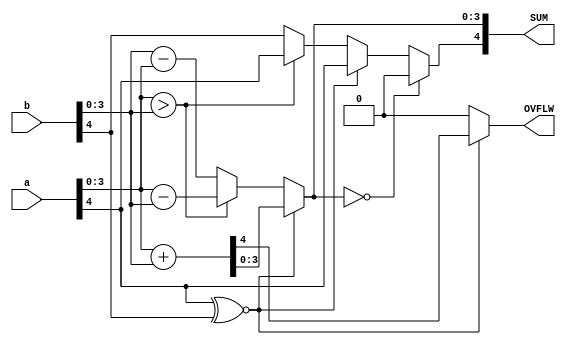
module sm_adder_b(input wire [4:0] a, b, output reg [4:0] SUM, output reg OVFLW);
   
always @(*) begin
     OVFLW = 1'b0;
     if (a[4] ~^ b[4])  begin  // Same sign operands
	  {OVFLW, SUM[3:0]} = a[3:0] + b[3:0];  // Add the magnitudes; overflow if addition generates a carry out
	  SUM[4] = a[4];  // Sign is that of either operand
	 end 
     else if (a[3:0] > b[3:0]) // Operand signs different. Find larger magnitude.
       begin
	  SUM[3:0] = a[3:0] - b[3:0];
	  SUM[4] = a[4];
	  end
     else
       begin
	  SUM[3:0] = b[3:0] - a[3:0];
	  SUM[4] = b[4];
       end
     if (SUM[3:0] == 3'b0) // Always treat result of 0 as "+0"
       SUM[4] = 1'b0;
  end // always @ (*)
endmodule // sm_adder

//***************************************************************************************/ 
module foo_testbench;                   // Testbench program will exercise your design with input test vectors

   reg [4:0] p, q;                     
   wire [4:0] S; 
   wire	      OV;
   
   sm_adder_b  mySmAdder(p, q, S, OV);   

   
initial begin
   p = 5'b00000; 
   q = 5'b00000;    
   $display("*************************************"); 
   $display("Time\tp   q\t\tS   OV\n");
end
   
   integer i, j;  // Regular program variable used here for sequencing
	 
   always @(*) begin

      
      for (i=0; i < 32; i= i+1)
	begin
	   for (j=0; j < 32; j = j+1)
	     begin
		#1;   // Delay for 1 time unit
		$display("%3d\t%s%d   %s%d\t\t%s%d   %b", $time, (p[4]) ? "-" : "+", p[3:0], (q[4]) ? "-":"+", q[3:0], (S[4])? "-":"+", S[3:0], OV);	
		{p, q} = {p, q} + 1;  // Cycle through the assigments
	     end
	end
      $finish;
   end
endmodule // foo_testbench